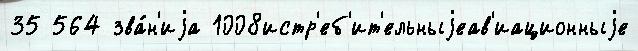
35 564 зва́н'иjа 1008истр'еб'ит'ельныjеав'иационныjе